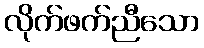
လိုက်ဖက်ညီသော